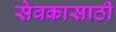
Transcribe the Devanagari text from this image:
सेवकासाठी